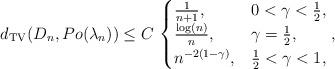
LaTeX: \begin{align*}d_{\rm TV}(D_n, Po(\lambda_n))\leq C \, \begin{cases}\frac{1}{n+1},& 0<\gamma < \frac{1}{2},\\\frac{\log(n)}{n}, & \gamma = \frac{1}{2},\\ n^{-2(1-\gamma)},&\frac{1}{2}< \gamma <1 ,\\\end{cases} , \end{align*}